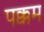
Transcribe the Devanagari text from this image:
पक्कम